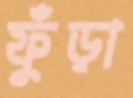
ফুঁড়া